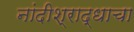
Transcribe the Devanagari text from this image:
नांदीश्राद्धाचा